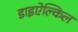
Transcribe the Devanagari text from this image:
डाइऐल्किल